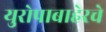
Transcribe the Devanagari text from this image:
युरोपाबाहेरचे